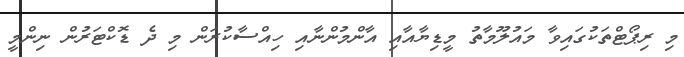
މި ރިޕޯޓްތަކުގައިވާ މައުލޫމާތު މީޑިޔާއާއި އާންމުންނާއި ހިއްސާކުރަން މި ދެ ޑޮކްޓަރުން ނިންމީ